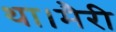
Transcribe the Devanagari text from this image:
था।मैरी